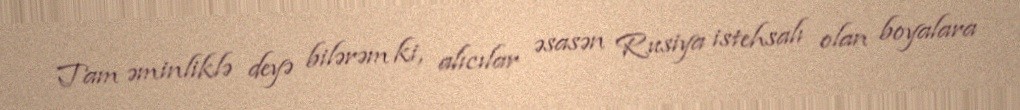
Tam əminliklə deyə bilərəm ki, alıcılar əsasən Rusiya istehsalı olan boyalara